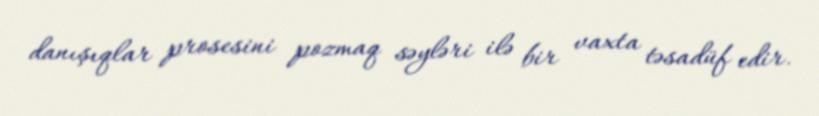
danışıqlar prosesini pozmaq səyləri ilə bir vaxta təsadüf edir.